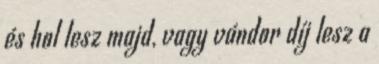
és hol lesz majd, vagy vándor díj lesz a